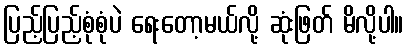
ပြည့်ပြည့်စုံစုံပဲ ရေးတော့မယ်လို့ ဆုံးဖြတ် မိလို့ပါ။